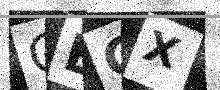
Text: GEGX